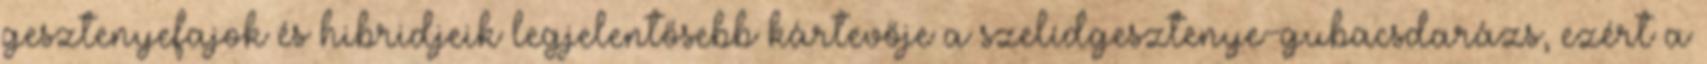
gesztenyefajok és hibridjeik legjelentősebb kártevője a szelídgesztenye-gubacsdarázs, ezért a